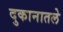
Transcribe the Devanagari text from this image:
दुकानातले